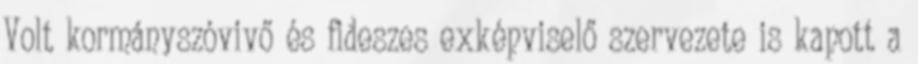
Volt kormányszóvivő és fideszes exképviselő szervezete is kapott a